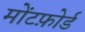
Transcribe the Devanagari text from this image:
मोंटफ़ोर्ड